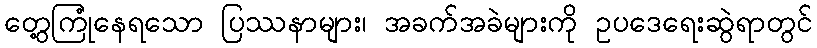
တွေ့ကြုံနေရသော ပြဿနာများ၊ အခက်အခဲများကို ဥပဒေရေးဆွဲရာတွင်